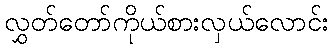
လွှတ်တော်ကိုယ်စားလှယ်လောင်း